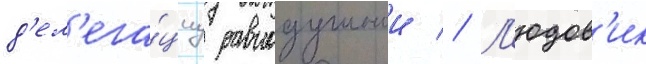
д'ел'ега́циу равнодушнои // Л'юдов'ик